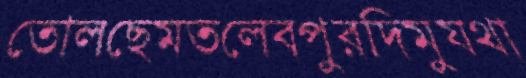
তোলছেমতলেবপুরদিমুযথা